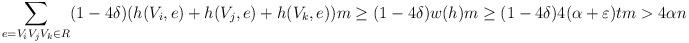
LaTeX: \begin{align*}\sum_{e=V_iV_jV_k \in R } (1-4\delta) (h(V_{i},e)+h(V_{j},e)+h(V_{k},e))m\ge(1-4\delta)w(h)m\ge(1-4\delta)4(\alpha+\varepsilon) tm > 4\alpha n\end{align*}